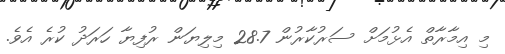
މި އިމާރާތް އެޅުމަށް ސަރުކާރުން 28.7 މިލިޔަން ރުފިޔާ ހަރަދު ކުރެ އެވެ.